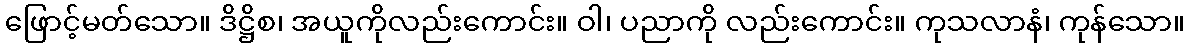
ဖြောင့်မတ်သော။ ဒိဋ္ဌိစ၊ အယူကိုလည်းကောင်း။ ဝါ၊ ပညာကို လည်းကောင်း။ ကုသလာနံ၊ ကုန်သော။